Calcutta medical institutions reports 1892-1900
Year: 1892
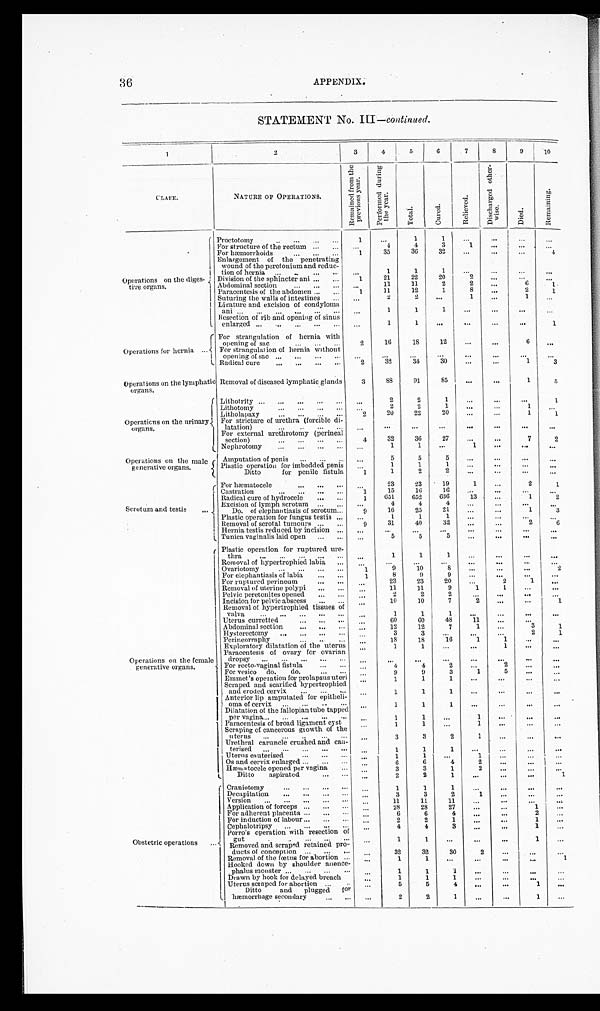
36
APPENDIX.
STATEMENT No. III— continued.
1
2
3
4
5
6
7
8
9
1 0
CLASE.
NATURE OF OPERATIONS.
R e m a i n e d f r o m t h e p r e v i o u s y e a r .
P e r f o r m e d d u r i n g t h e y e a r .
T o t a l .
C u r e d .
R e l i e v e d .
D i s c h a r g e d o t h e r - w i s e .
D i e d .
R e m a i n i n g .
Operations on the diges-
tive organs.
Proctotomy . . .
1
. . .
1
1
. . .
. . .
. . .
. . .
For structure of the rectum . . .
. . .
4
4
3
1
. . .
. . .
. . .
For hæmorrhoids . . .
1
35
36
32
. . .
. . .
. . .
4
Enlargement of the penetrating
wound of the peretonium and reduc
-
tion of hernia . . .
. . .
1
1
1
. . .
. . .
. . .
. . .
Division of the sphincter ani . . .
1
21
22
20
2
. . .
. . .
. . .
Abdominal section . . .
. . .
11
11
2
2
. . .
6
1
Paracentesis of the abdomen . . .
1
11
12
1
8
. . .
2
1
Suturing the walls of intestines . . .
. . .
2
2
. . .
1
. . .
1
. . .
Ligature and excision of condyloma
ani . . .
. . .
1
1
1
. . .
. . .
. . .
. . .
Resection of rib and opening of sinus
enlarged . . .
. . .
1
1
. . .
. . .
. . .
. . .
1
Operations for hernia . . .
For strangulation of hernia with
opening of sac . . .
2
16
18
12
. . .
. . .
6
. . .
For strangulation of hernia without
opening of sac . . .
. . .
. . .
. . .
. . .
. . .
. . .
. . .
. . .
Radical cure . . .
2
32
34
30
. . .
. . .
1
3
Operations on the lymphatic
organs.
Removal of diseased lymphatic glands
3
8 8
91
85
. . .
. . .
1
5
Operations on the urinary organs.
Lithotrity . . .
. . .
2
2
1
. . .
. . .
. . .
1
Lithotomy . . .
. . .
2
2
1
. . .
. .
1
. . .
Litholapaxy . . .
2
20
22
20
. . .
. . .
1
1
For stricture of urethra (forcible di
-
latation) . . .
. . .
. . .
. . .
. . .
. . .
. . .
. . .
. . .
For external urethrotomy (perineal
section) . . .
4
32
36
27
. . .
. . .
7
2
Nephrotomy . . .
. . .
1
1
. . .
1
. . .
. . .
. . .
Operations on the male
generative organs.
Amputation of penis . . .
. . .
5
5
5
. . .
. . .
. . .
. . .
Plastic operation for imbedded penis . . .
1
1
1
. . .
. . .
. . .
. . .
Ditto for penile fistula 1
1
2
2
. . .
. . .
. . .
. . .
Scrotum and testis . . .
For hæmatocele . . .
. . .
23
23
19
1
. . .
2
1
Castration . . .
1
15
16
16
. . .
. . .
. . .
. . .
Radical cure of hydrocele . . .
1
6 5 1
652
636
13
. . .
1
2
. . .
4
4
4
. . .
. . .
. . .
. . .
Excision of lymph scrotum . . .
Do
of elephantiasis of scrotum
. . .
9
16
25
21
. . .
. . .
1
3
Plastic operation for fungus testis . . .
. . .
1
1
1
. . .
. . .
. . .
. . .
Removal of scrotal tumours . . .
9
31
40
32
. . .
. . .
2 6
Hernia testis reduced by incision. . .
. . .
. . .
. . .
. . .
. . .
. . .
. . .
. . .
. . .
5
5
5
. . .
. . .
. . .
. . .
Tunica vaginalis laid open . . .
Operations on the female
generative organs.
Plastic operation for ruptured ure
-
thra . . .
. . .
1
1
1
. . .
. . .
. . .
. . .
Removal of hypertrophied labia . . .
. . .
. . .
. . .
. . .
. . .
. . .
. . .
. . .
Ovariotomy . . .
1
9
10
8
. . .
. . .
. . .
2
For elephantiasis of labia . . .
1
8 9
9
. . .
. . .
. . .
. . .
For ruptured perineum . . .
. . .
23
23
20
. . .
2
1
. . .
Removal of uterine polypi . . .
. . .
11
11
9
1
1
. . .
. . .
Pelvic peretonites opened . . .
. . .
2
2
2
. . .
. . .
. . . . . .
Incision for pelvic abscess . . .
. . .
10
10
7
2
. . . . . .
1
Removal of hypertrophied tissues of
valva . . .
. . .
1
1
1
. . .
. . .
. . .
. . .
Uterus curretted . . .
. . .
60
60
48
11
. . . . . .
. . .
Abdominal section . . .
. . .
12
12
7
1
. . .
3
1
Hysterectomy. . .
. . .
3
3
. . .
. . .
. . .
2
1
Perineorraphy . . . . . .
1 8
18
16
1
1
. . .
. . .
Exploratory dilatation of the uterus
. . .
1
1
. . .
. . .
1
. . .
. . .
Paracentesis of ovary for ovarian
dropsy . . .
. . .
. . .
. . .
. . .
. . .
. . .
. . .
. . .
For recto-vaginal fistula . . .
. . .
4
4
2
. . .
2
. . .
. . .
For vesico do. do. . . .
. . .
9
9
3
1
5
. . .
. . .
Emmet's operation for prolapsus uteri
. . .
1
1
1
. . .
. . .
. . .
. . .
Scraped and scarified hypertrophied
and eroded cervix . . .
. . .
1
1
1
. . .
. . .
. . .
. . .
Anterior lip amputated for epitheli-
oma of cervix . . .
. . .
1
1
1
. . .
. . .
. . .
. . .
Dilatation of the fallopian tube tapped
per vagina . . .
. . .
1
1
. . .
1
. . .
. . .
. . .
Paracentesis of broad ligament cyst
. . .
1
1
. . .
1
. . .
. . .
. . .
Scraping of cancerous growth of the
uterus . . .
. . .
3
3
2
1
. . .
. . .
. . .
Urethral caruncle crushed and can-
terised . . .
. . .
1
1
1
. . .
. . .
. . .
. . .
Uterus cauterised . . .
. . .
1
1
. . .
1
. . .
. . .
. . .
Os and cervix enlarged . . .
. . .
6
6
4
2
. . .
. . .
. . .
Hæmatocele opened per vagina . . .
. . .
3
3
1
2
. . .
. . .
. . .
Ditto aspirated . . .
. . .
2
2
1
. . .
. . .
. . .
1
Obstetric operations . . .
Craniotomy . . .
. . .
1
1
1
. . .
. . .
. . .
. . .
Decapitation . . .
. . .
3
3
2
1
. . .
. . .
. . .
Version . . .
. . .
11
11
11
. . .
. . .
. . .
. . .
Application of forceps . . .
. . .
28
28
27
. . .
. . .
1
. . .
For adherent placenta . . .
. . .
6
6
4
. . .
. . .
2
. . .
For induction of labour . . .
. . .
2
2
1
. . .
. . .
1
. . .
Cephalotripsy . . .
. . .
4
4
3
. . .
. . .
1
. . .
Porro's operation with resection of
gut . . .
. . .
1
1
. . .
. . .
. . .
1
. . .
Removed and scraped retained pro-
ducts of conception . . .
. . .
32
32
30
2
. . .
. . .
. . .
Removal of the fœtus for abortion . . .
. . .
1
1
. . .
. . .
. . .
. . .
1
Hooked down by shoulder anence-
phalus monster . . .
. . .
1
1
1
. . .
. . .
. . .
. . .
Drawn by hook for delayed breach
. . .
1
1
1
. . .
. . .
. . .
. . .
Uterus scraped for abortion . . .
. . .
5
5
4
. . .
. . .
1
. . .
Ditto and plugged for
hæmorrhage secondary . . .
. . .
2
2
1
. . .
. . .
1
. . .